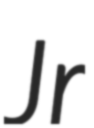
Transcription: Jr